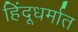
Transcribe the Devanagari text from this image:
हिंदूधर्मात